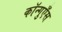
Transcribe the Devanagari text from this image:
कॉन्गुएँस